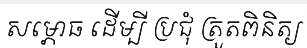
សម្ភោធ ដើម្បី ប្រជុំ ត្រួតពិនិត្យ